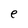
Character: e